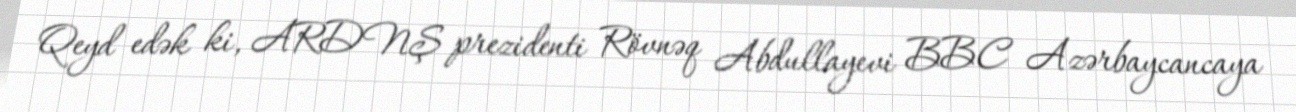
Qeyd edək ki, ARDNŞ prezidenti Rövnəq Abdullayevi BBC Azərbaycancaya